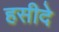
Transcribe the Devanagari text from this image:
हसीदे